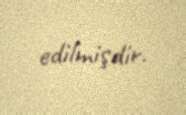
edilmişdir.